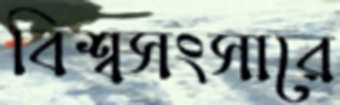
বিশ্বসংসারে